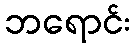
ဘရောင်း